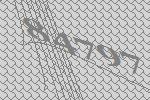
84797